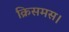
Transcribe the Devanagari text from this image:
क्रिसमस।